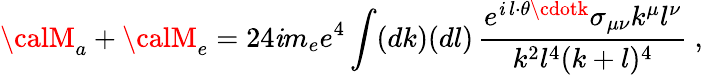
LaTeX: {\calM}_{a}+{\calM}_{e}=24\mathit{i}m_{e}e^{4}\int(dk)(dl)\, \frac{{e^{\mathit{i}\, l\cdot\theta\cdotk}\sigma_{\mu\nu}k^{\mu}l^{\nu}}}{{{k^{2}l^{4}(k+l)^{4}}}}\ ,